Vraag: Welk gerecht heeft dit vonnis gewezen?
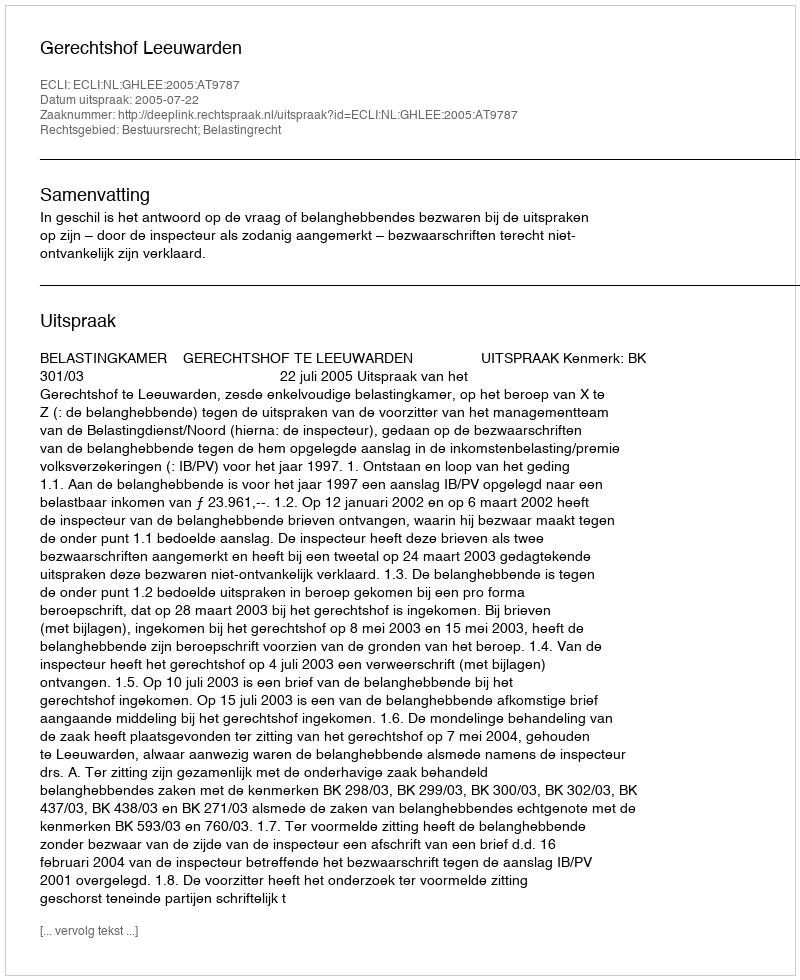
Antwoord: Gerechtshof Leeuwarden